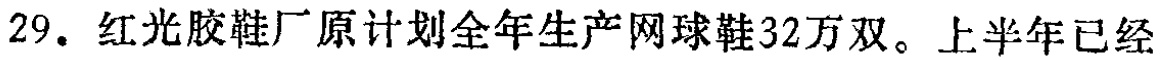
29. 红光胶鞋厂原计划全年生产网球鞋32万双。上半年已经